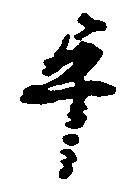
畢